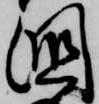
国